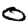
Digit: 0